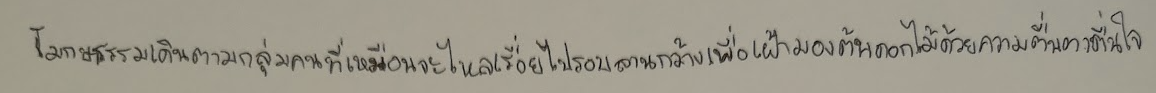
โมกษธรรมเดินตามกลุ่มคนที่เหมือนจะไหลเรื่อยไปรอบลานกว้างเพื่อเฝ้ามองต้นดอกไม้ด้วยความตื่นตาตื่นใจ